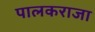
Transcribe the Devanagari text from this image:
पालकराजा